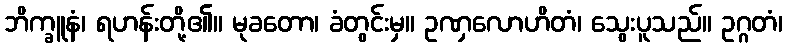
ဘိက္ခူနံ၊ ရဟန်းတို့၏။ မုခတော၊ ခံတွင်းမှ။ ဥဏှလောဟိတံ၊ သွေးပူသည်။ ဥဂ္ဂတံ၊